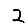
Digit: 2